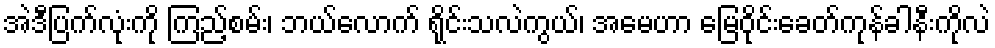
အဲဒီပြက်လုံးကို ကြည့်စမ်း၊ ဘယ်လောက် ရိုင်းသလဲကွယ်၊ အမေဟာ မြေဝိုင်းခေတ်ကုန်ခါနီးကိုလဲ